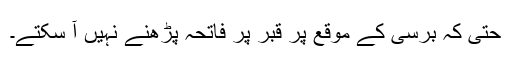
حتی کہ برسی کے موقع پر قبر پر فاتحہ پڑھنے نہیں آ سکتے۔